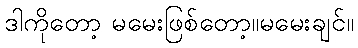
ဒါကိုတော့ မမေးဖြစ်တော့။မမေးချင်။